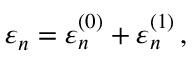
\varepsilon _ { n } = \varepsilon _ { n } ^ { ( 0 ) } + \varepsilon _ { n } ^ { ( 1 ) } \, ,